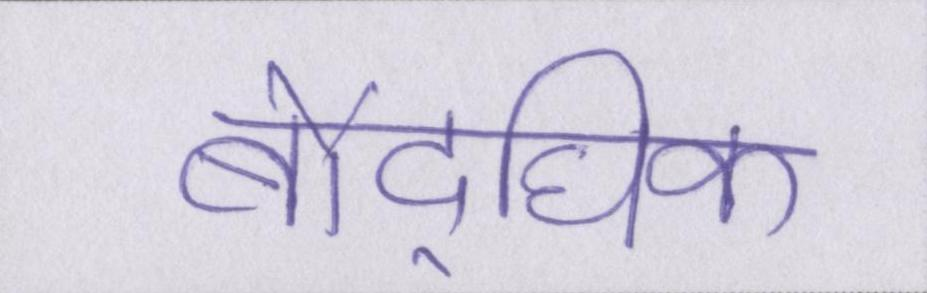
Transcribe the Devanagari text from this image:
बौद्घिक